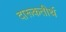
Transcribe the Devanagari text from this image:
दारूकतीर्थ